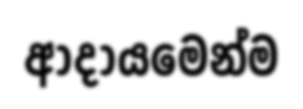
ආදායමෙන්ම